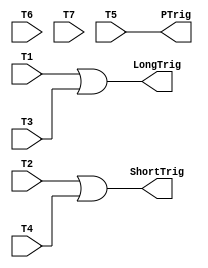
`timescale 1ns / 1ps
//////////////////////////////////////////////////////////////////////////////////
// Company: 
// Engineer: 
// 
// Design Name: 
// Module Name: TriggerLogic
// Project Name: 
// Target Devices: 
// Tool Versions: 
// Description: 
// 
// Dependencies: 
// 
// Revision:
// Revision 0.01 - File Created
// Additional Comments:
// 
//////////////////////////////////////////////////////////////////////////////////


module TriggerLogic(T1, T2, T3, T4, T5, T6, T7, LongTrig, ShortTrig, PTrig);
   input   T1;
   input   T2;
   input   T3;
   input   T4;
   input   T5;
   input   T6;
   input   T7;
   output  LongTrig;
   output  ShortTrig;
   output  PTrig;
   assign  LongTrig = T1 | T3;
   assign  ShortTrig = T2 | T4;
   assign  PTrig = T5;
endmodule